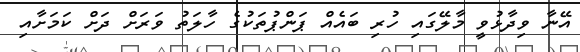
އޭނާ ވިދާޅުވީ މާލޭގައި ހުރި ބައެއް ޕަންޕުތަކުގެ ހާލަތު ވަރަށް ދަށް ކަމަށާއި